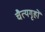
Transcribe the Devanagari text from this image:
चैत्यगृहों